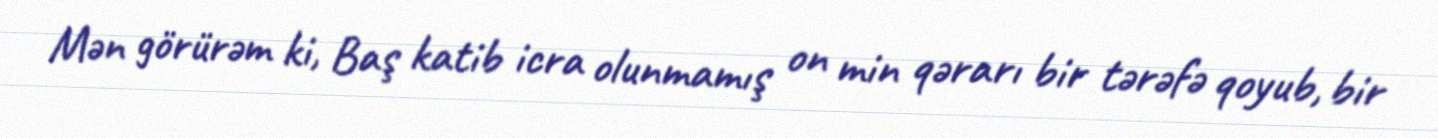
Mən görürəm ki, Baş katib icra olunmamış on min qərarı bir tərəfə qoyub, bir